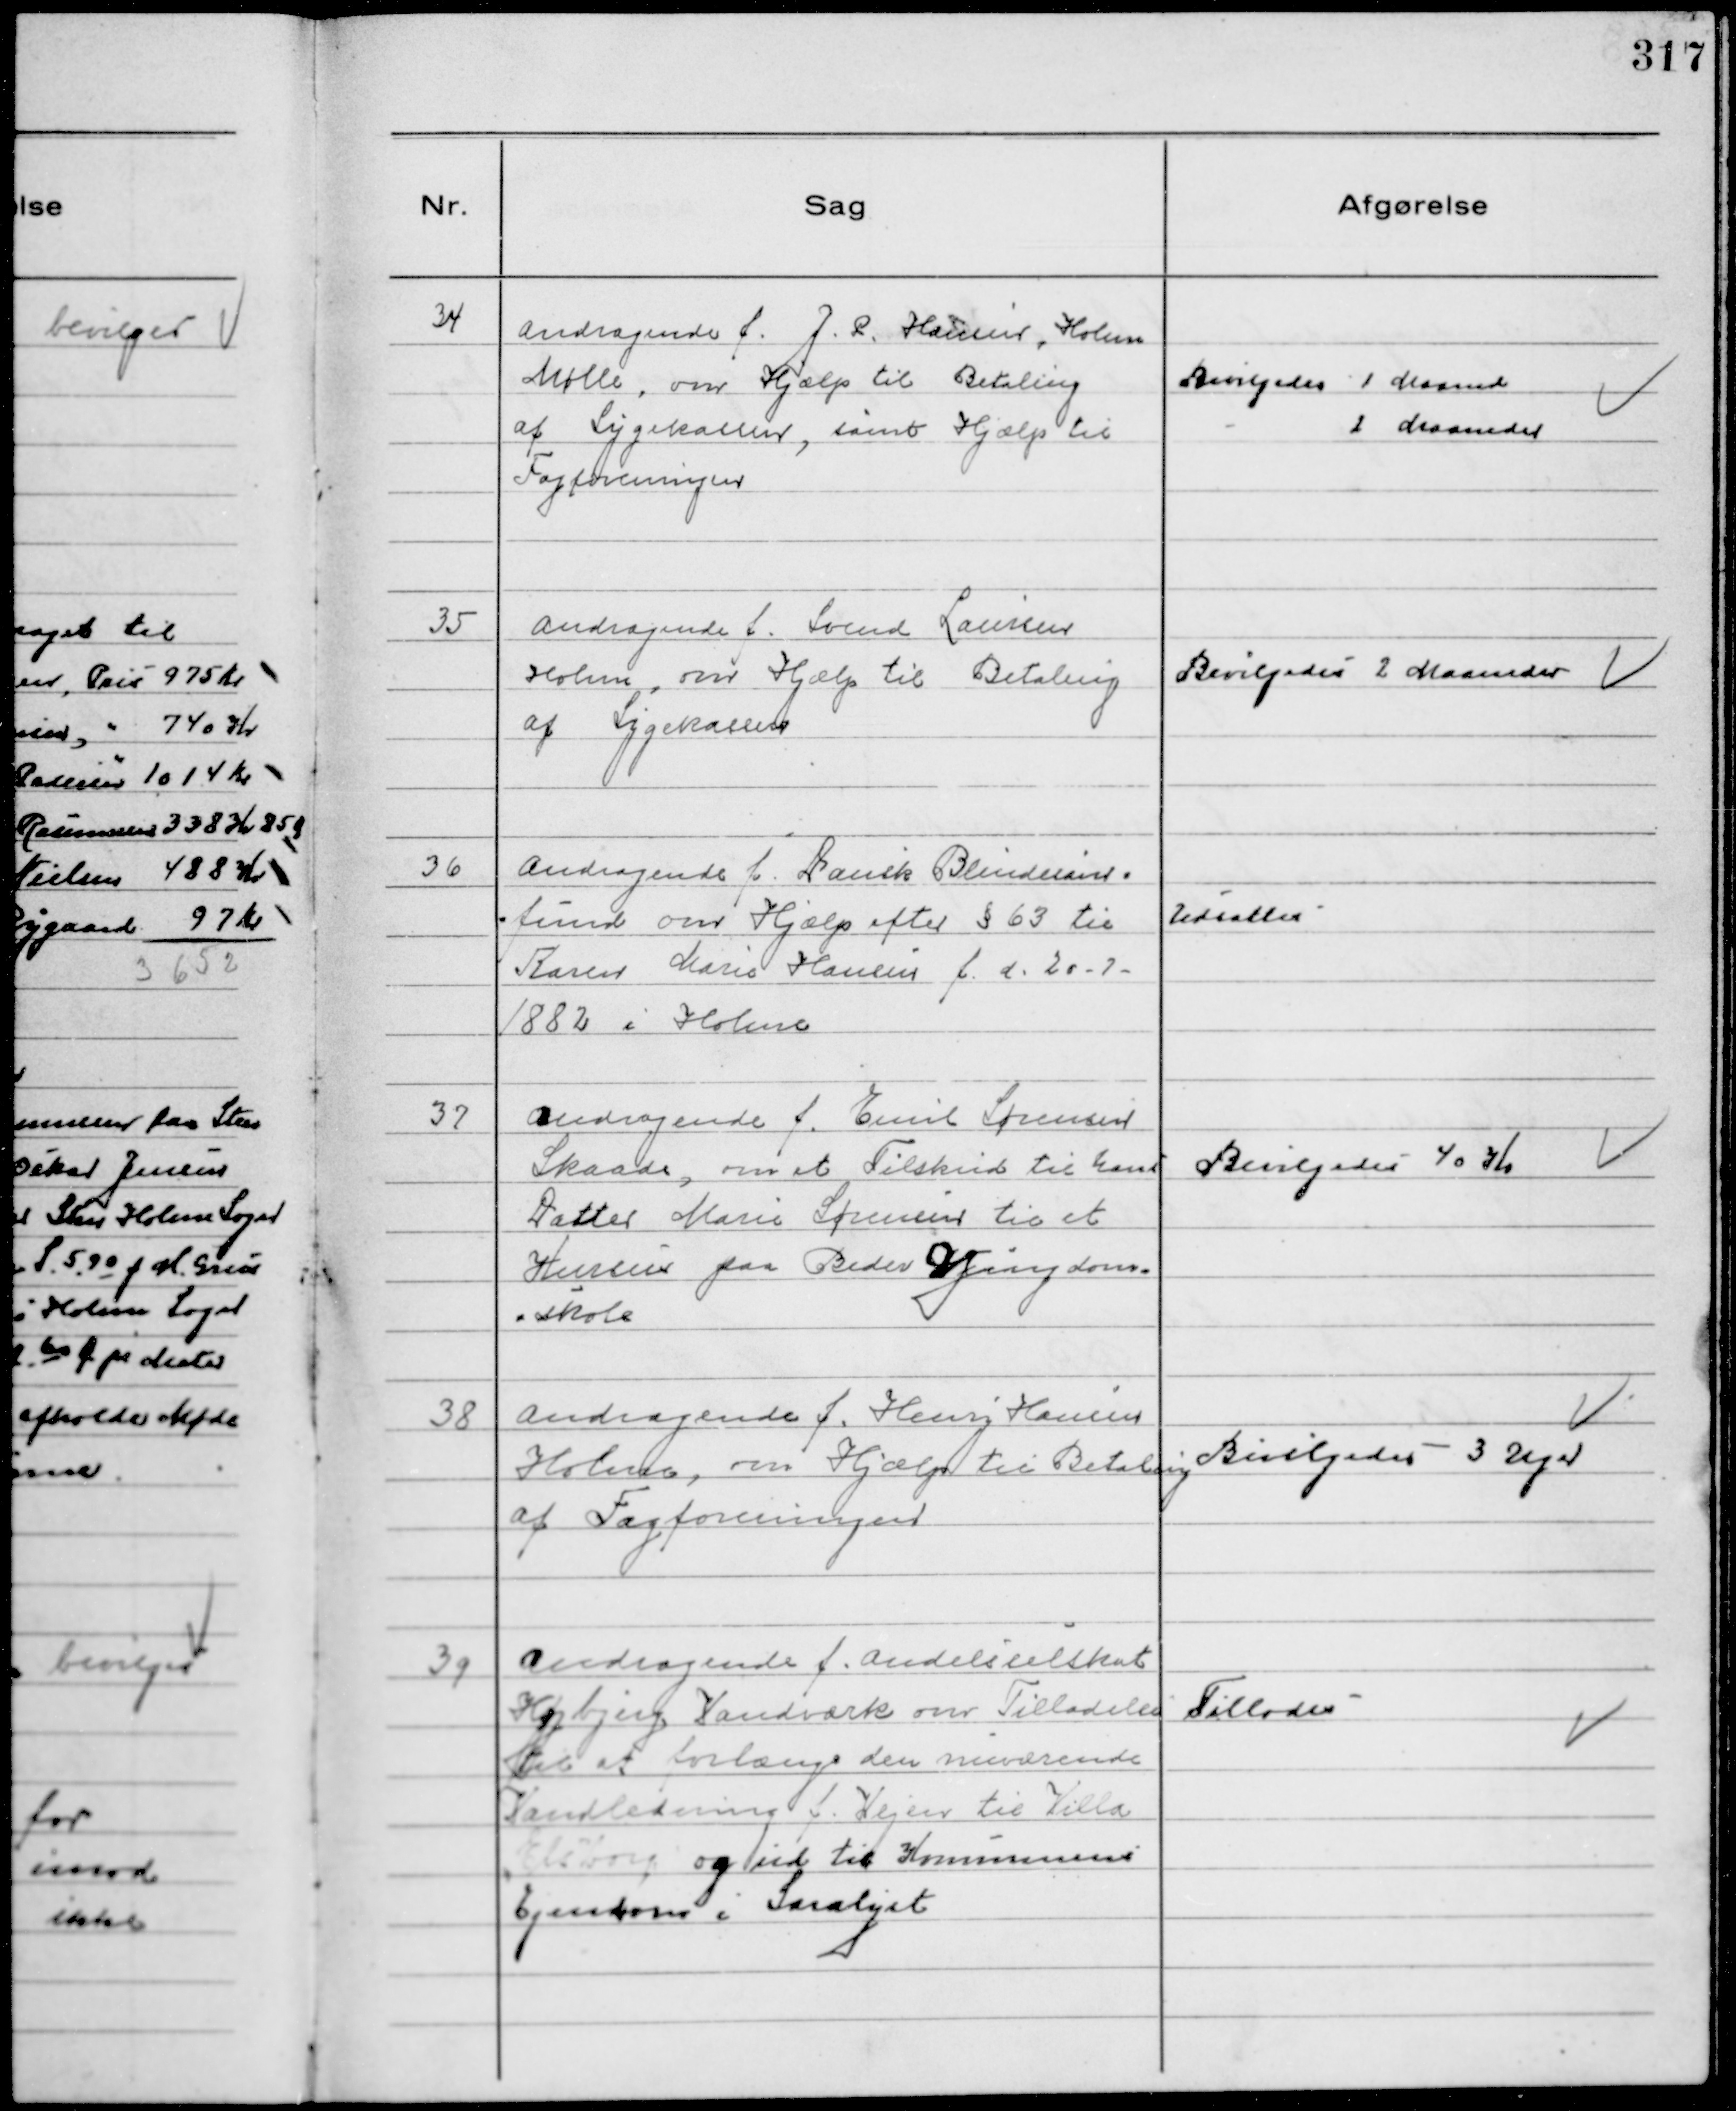
Transskription:
34
Andragende f. J. P. Hansen, Holme
Mølle, om Hjælp til Betaling
af Sygekassen, samt Hjælp til
Fagforeningen

Bevilgedes 1 Maaned
2 Maaneder

35
Andragende f. Svend Laursen
Holme, om Hjælp til Betaling
af Sygekassen

Bevilgedes 2 Maaneder

36
Andragende f. Dansk Blindesam-
fund om Hjælp efter § 63 til
Karen Marie Hansen f. d. 20 - 7 -
1882 i Holme

Udsattes

37
Andragende f. Emil Sørensen
Skaade, om et Tilskud til hans
Datter Marie Sørensen til et
Kursus paa Beder Ungdom-
skole

Bevilgedes 40 Kr

38
Andragende f. Henry Hansen
Holme, om Hjælp til Betaling
af Fagforeningen

Bevilgedes 3 Uger

39
Andragende f. Andelsselskab
Højbjerg Vandværk om Tilladelse
til at forlænge den nuværende
Vandledning f. Vejen til Villa
"Elsborg" og ud til Kommunens
Ejendom i Saralyst

Tillodes